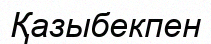
Қазыбекпен